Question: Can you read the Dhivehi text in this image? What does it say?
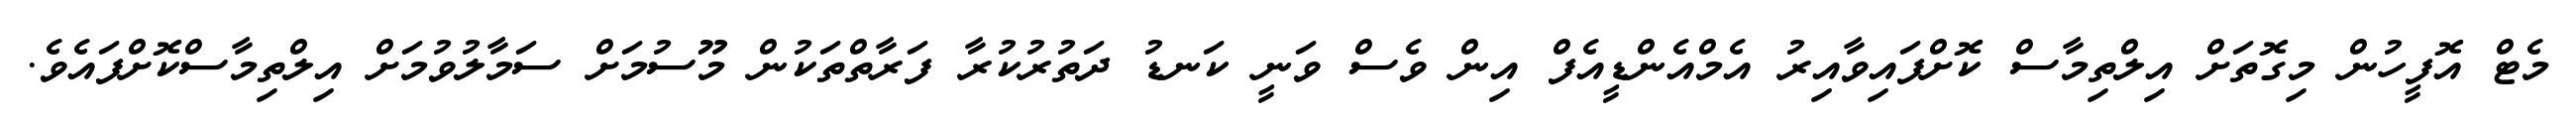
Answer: މެޓް އޮފީހުން މިގޮތަށް އިލްތިމާސް ކޮށްފައިވާއިރު އެމްއެންޑީއެފް އިން ވެސް ވަނީ ކަނޑު ދަތުރުކުރާ ފަރާތްތަކުން މޫސުމަށް ސަމާލުވުމަށް އިލްތިމާސްކޮށްފައެވެ.